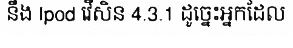
នឹង Ipod វើសិន 4.3.1 ដូច្នេះអ្នកដែល